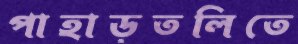
পাহাড়তলিতে